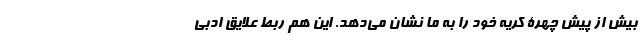
بیش از پیش چهرۀ کریه خود را به ما نشان می‌دهد. این هم ربط علایق ادبی